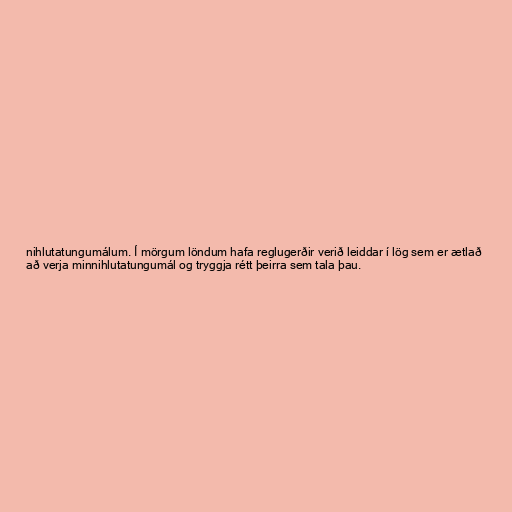
nihlutatungumálum. Í mörgum löndum hafa reglugerðir verið leiddar í lög sem er ætlað
að verja minnihlutatungumál og tryggja rétt þeirra sem tala þau.